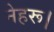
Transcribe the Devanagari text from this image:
नेहरू।